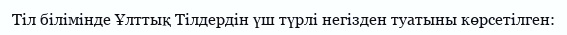
Тіл білімінде Ұлттық Тілдердін үш түрлі негізден туатыны көрсетілген: